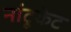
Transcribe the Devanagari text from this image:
नांटूकेट